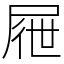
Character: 屜